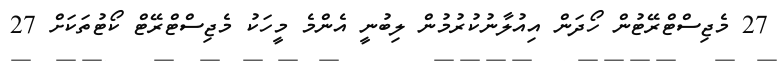
27 މެޖިސްޓްރޭޓުން ހޯދަން އިއުލާނުކުރުމުން ލިބުނީ އެންމެ މީހަކު މެޖިސްޓްރޭޓް ކޯޓުތަކަށް 27